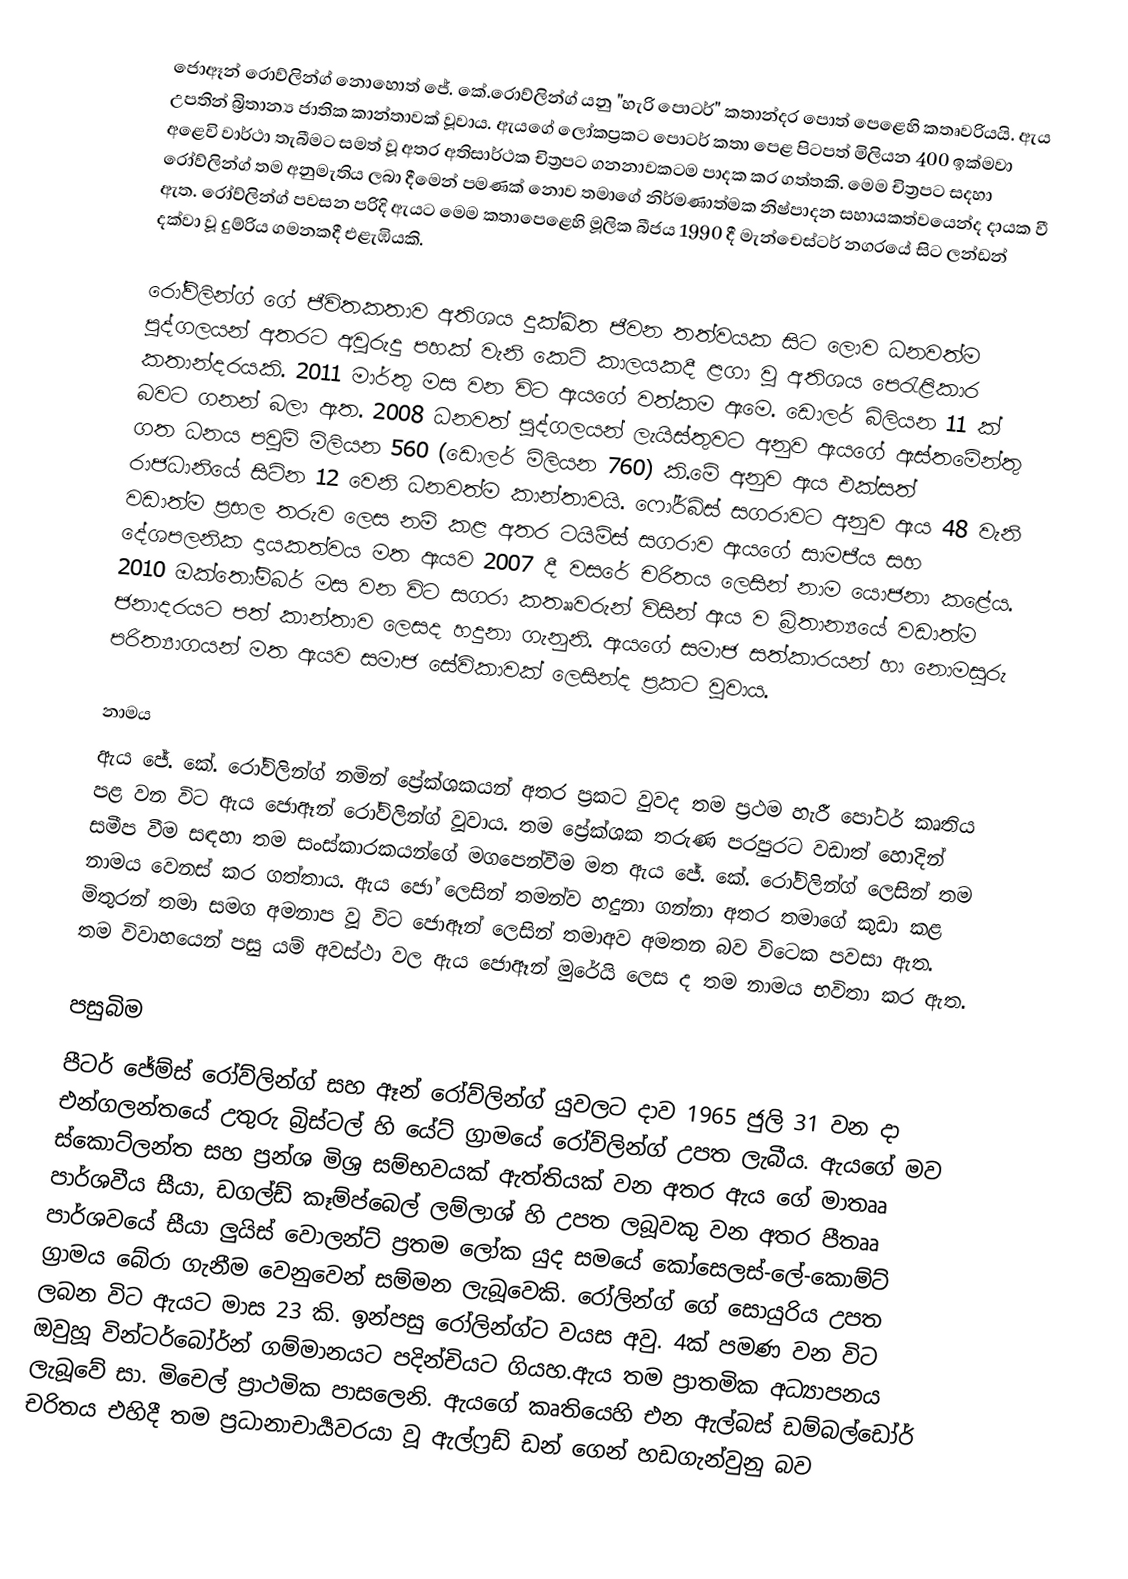
ජොඈන් රොව්ලින්ග් නොහොත් ජේ. කේ.රොව්ලින්ග් යනු "හැරි පොටර්" කතාන්දර පොත් පෙළෙහි කතෘවරියයි. ඇය උපතින් බ්‍රිතාන්‍ය ජාතික කාන්තාවක් වූවාය. ඇයගේ ලෝකප්‍රකට පොටර් කතා පෙළ පිටපත් මිලියන 400 ඉක්මවා අළෙවි වාර්ථා තැබීමට සමත් වූ අතර අතිසාර්ථක චිත්‍රපට ගනනාවකටම පාදක කර ගත්තකි. මෙම චිත්‍රපට සදහා රෝව්ලින්ග් තම අනුමැතිය ලබා දීමෙන් පමණක් නොව තමාගේ නිර්මණාත්මක නිෂ්පාදන සහායකත්වයෙන්ද දායක වී ඇත. රෝව්ලින්ග් පවසන පරිදි ඇයට මෙම කතාපෙළෙහි මූලික බීජය 1990 දී මැන්චෙස්ටර් නගරයේ සිට ලන්ඩන් දක්වා වූ දුම්රිය ගමනකදී එළැඹියකි.

රෝව්ලින්ග් ගේ ජීවිතකතාව අතිශය දුක්ඛිත ජීවන තත්වයක සිට ලොව ධනවත්ම පුද්ගලයන් අතරට අවුරුදු පහක් වැනි කෙටි කාලයකදී ළගා වූ අතිශය පෙරැළිකාර කතාන්දරයකි. 2011 මාර්තු මස වන විට ඇයගේ වත්කම ඇමෙ. ඩොලර් බිලියන 11 ක් බවට ගනන් බලා ඇත. 2008 ධනවත් පුද්ගලයන් ලැයිස්තුවට අනුව ඇයගේ ඇස්තමේන්තු ගත ධනය පවුම් මිලියන 560 (ඩොලර් මිලියන 760) කි.මේ අනුව ඇය එක්සත් රාජධානියේ සිටින 12 වෙනි ධනවත්ම කාන්තාවයි. ෆෝර්බ්ස් සගරාවට අනුව ඇය 48 වැනි වඩාත්ම ප්‍රභල තරුව ලෙස නම් කළ අතර ටයිම්ස් සගරාව ඇයගේ සාමජීය සහ දේශපලනික දායකත්වය මත ඇයව 2007 දී වසරේ චරිතය ලෙසින් නාම යොජනා කළේය. 2010 ඔක්තෝම්බර් මස වන විට සගරා කතෲවරුන් විසින් ඇය ව බ්‍රිතාන්‍යයේ වඩාත්ම ජනාදරයට පත් කාන්තාව ලෙසද හදුනා ගැනුනි. ඇයගේ සමාජ සත්කාරයන් හා නොමසුරු පරිත්‍යාගයන් මත ඇයව සමාජ සේවිකාවක් ලෙසින්ද ප්‍රකට වූවාය.

නාමය
ඇය ජේ. කේ. රෝව්ලින්ග් නමින් ප්‍රේක්ශකයන් අතර ප්‍රකට වුවද තම ප්‍රථම හැරී පෝටර් කෘතිය පළ වන විට ඇය ජොඈන් රෝව්ලින්ග් වූවාය. තම ප්‍රේක්ශක තරුණ පරපුරට වඩාත් හොදින් සමීප වීම සඳහා තම සංස්කාරකයන්ගේ මගපෙන්වීම මත ඇය ජේ. කේ. රෝව්ලින්ග් ලෙසින් තම නාමය වෙනස් කර ගත්තාය. ඇය ජෝ ලෙසින් තමන්ව හදුනා ගන්නා අතර තමාගේ කුඩා කළ මිතුරන් තමා සමග අමනාප වූ විට ජොඈන් ලෙසින් තමාඅව අමතන බව විටෙක පවසා ඇත. තම විවාහයෙන් පසු යම් අවස්ථා වල ඇය ජොඈන් මුරේයි ලෙස ද  තම නාමය භවිතා කර ඇත.

පසුබිම
පීටර් ජේම්ස් රෝව්ලින්ග් සහ ඈන් රෝව්ලින්ග් යුවලට දාව 1965 ජුලි 31 වන දා එන්ගලන්තයේ උතුරු බ්‍රිස්ටල් හි යේට් ග්‍රාමයේ රෝව්ලින්ග් උපත ලැබීය. ඇයගේ මව ස්කොට්ලන්ත සහ ප්‍රන්ශ මිශ්‍ර සම්භවයක් ඇත්තියක් වන අතර ඇය ගේ මාතෲ පාර්ශවීය සීයා, ඩගල්ඩ් කෑම්ප්බෙල් ලම්ලාශ් හි උපත ලබූවකු වන අතර පීතෲ පාර්ශවයේ සීයා ලුයිස් වොලන්ට් ප්‍රතම ලෝක යුද සමයේ කෝසෙලස්-ලේ-කොම්ට් ග්‍රාමය බේරා ගැනීම වෙනුවෙන් සම්මන ලැබූවෙකි. රෝලින්ග් ගේ සොයුරිය උපත ලබන විට ඇයට මාස 23 කි. ඉන්පසු රෝලින්ග්ට වයස අවු. 4ක් පමණ වන විට ඔවුහූ වින්ටර්බෝර්න් ගම්මානයට පදින්චියට ගියහ.ඇය තම ප්‍රාතමික අධ්‍යාපනය ලැබූවේ සා. මිචෙල් ප්‍රාථමික පාසලෙනි. ඇයගේ කෘතියෙහි එන ඇල්බස් ඩම්බල්ඩෝර් චරිතය එහිදී තම ප්‍රධානාචාර්‍යවරයා වූ ඇල්ෆ්‍රඩ් ඩන් ගෙන් හඩගැන්වුනු බව